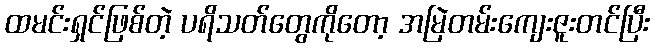
ထမင်းရှင်ဖြစ်တဲ့ ပရိသတ်တွေကိုတော့ အမြဲတမ်းကျေးဇူးတင်ပြီး